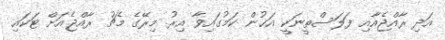
އަދި ރާއްޖެއާއި ފަލަސްތީނަކީ އަޚުން ކަމުގައިވާ އިރު މިރޭގެ މެޗު ރާއްޖެއަށް ޓަކައި